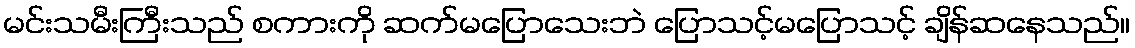
မင်းသမီးကြီးသည် စကားကို ဆက်မပြောသေးဘဲ ပြောသင့်မပြောသင့် ချိန်ဆနေသည်။